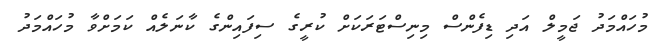
މުހައްމަދު ޖަމީލް އަދި ޑިފެންސް މިނިސްޓަރަކަށް ކުރީގެ ސިފައިންގެ ކާނަލެއް ކަމަށްވާ މުހައްމަދު